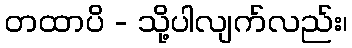
တထာပိ - သို့ပါလျက်လည်း၊